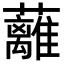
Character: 蘺